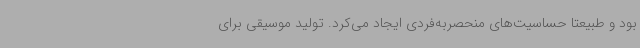
بود و طبیعتا حساسیت‌های منحصربه‌فردی ایجاد می‌کرد. تولید موسیقی برای